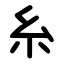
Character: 糸